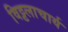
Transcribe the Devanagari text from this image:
विट्टलाचार्य